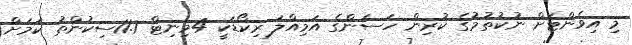
މި އިވެންޓަށް ނުކުތުމުގެ ކުރިން ހަސަންގެ އަމިއްލަ ރިކޯޑަކީ 4މިިނިޓް 11.7ސިކުންތު ކަމަށް